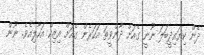
ދެން ކިޔައިދީބަލަ ނޫނީ ގެއަށް ދާންވީތަ އަހަރެން ގެއަށް އިޒިކް އަހާލިއެވެ. ނޫން